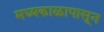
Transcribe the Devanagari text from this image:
मध्यकाळापासून